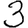
Digit: 3